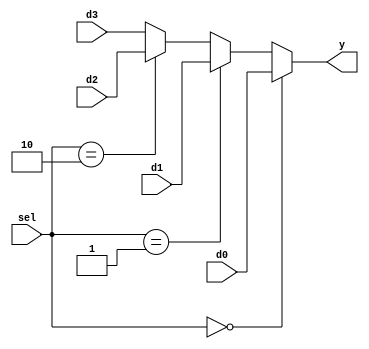
module mux4 #(parameter WIDTH = 36) (
  input [WIDTH-1:0] d0, d1, d2, d3,
  input [1:0] sel,
  output [WIDTH-1:0] y
);
  
  assign y = 
    (sel == 0) ? d0 :
    (sel == 1) ? d1 :
    (sel == 2) ? d2 :
    d3;
	
endmodule